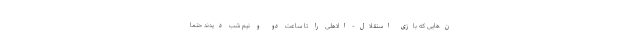
ن‌هایی که بازی استقلال- الاهلی را تا ساعت دو و نیم شب دیدند حتماً